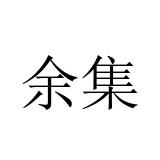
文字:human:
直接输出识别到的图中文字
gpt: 余集